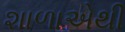
શાળાએથી